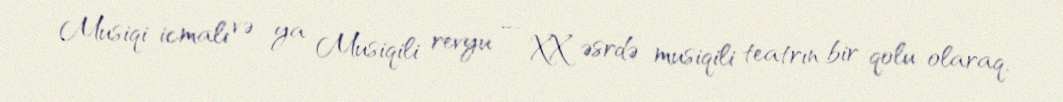
Musiqi icmalı və ya Musiqili revyu — XX əsrdə musiqili teatrın bir qolu olaraq,